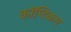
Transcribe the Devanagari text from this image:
कॉप्टिकम